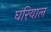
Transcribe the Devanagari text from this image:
घरियाल